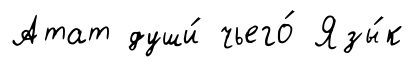
Атат души́ чьего́ Язы́к